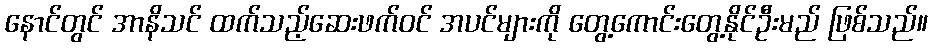
နောင်တွင် အာနိသင် ထက်သည့်ဆေးဖက်ဝင် အပင်များကို တွေ့ကောင်းတွေ့နိုင်ဦးမည် ဖြစ်သည်။